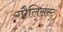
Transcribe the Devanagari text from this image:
गौलिसस्ट्